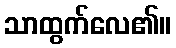
သာထွက်လေ၏။